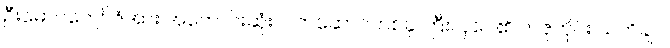
ဦးမောင်ကျော်ဇံအား အကောင်းဆုံးလက်ဆောင်တစ်ခု ကြီးလှပေ၏ ကဇုကိုင်း သတိချပ်